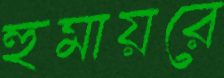
হুমায়রে